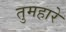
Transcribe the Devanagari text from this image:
तुमहारे